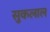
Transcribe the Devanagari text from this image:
सुकलाल